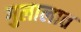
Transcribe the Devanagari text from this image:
गुलालात